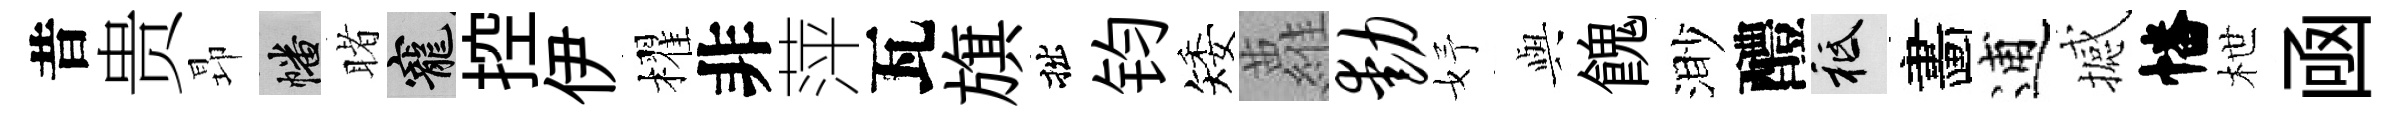
昔贵昻幡睹寵控伊櫂非萍瓦旗拙钧矮蘿动妤𫤰餽渺醴祇畵逋撼幡枻凾